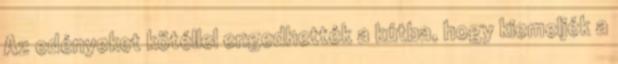
Az edényeket kötéllel engedhették a kútba, hogy kiemeljék a